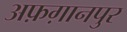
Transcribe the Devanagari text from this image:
अफ़ग़ानपुर